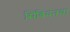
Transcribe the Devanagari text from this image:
सिंबियनचा